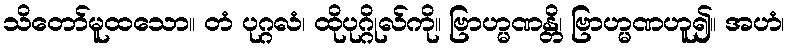
သိတော်မူထသော။ တံ ပုဂ္ဂလံ၊ ထိုပုဂ္ဂိုလ်ကို။ ဗြာဟ္မဏန္တိ၊ ဗြာဟ္မဏဟူ၍။ အဟံ၊